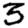
Digit: 3